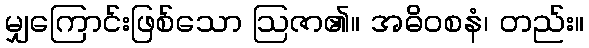
မျှကြောင်းဖြစ်သော ဩဇာ၏။ အဓိဝစနံ၊ တည်း။